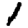
Digit: 1